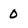
Character: 0